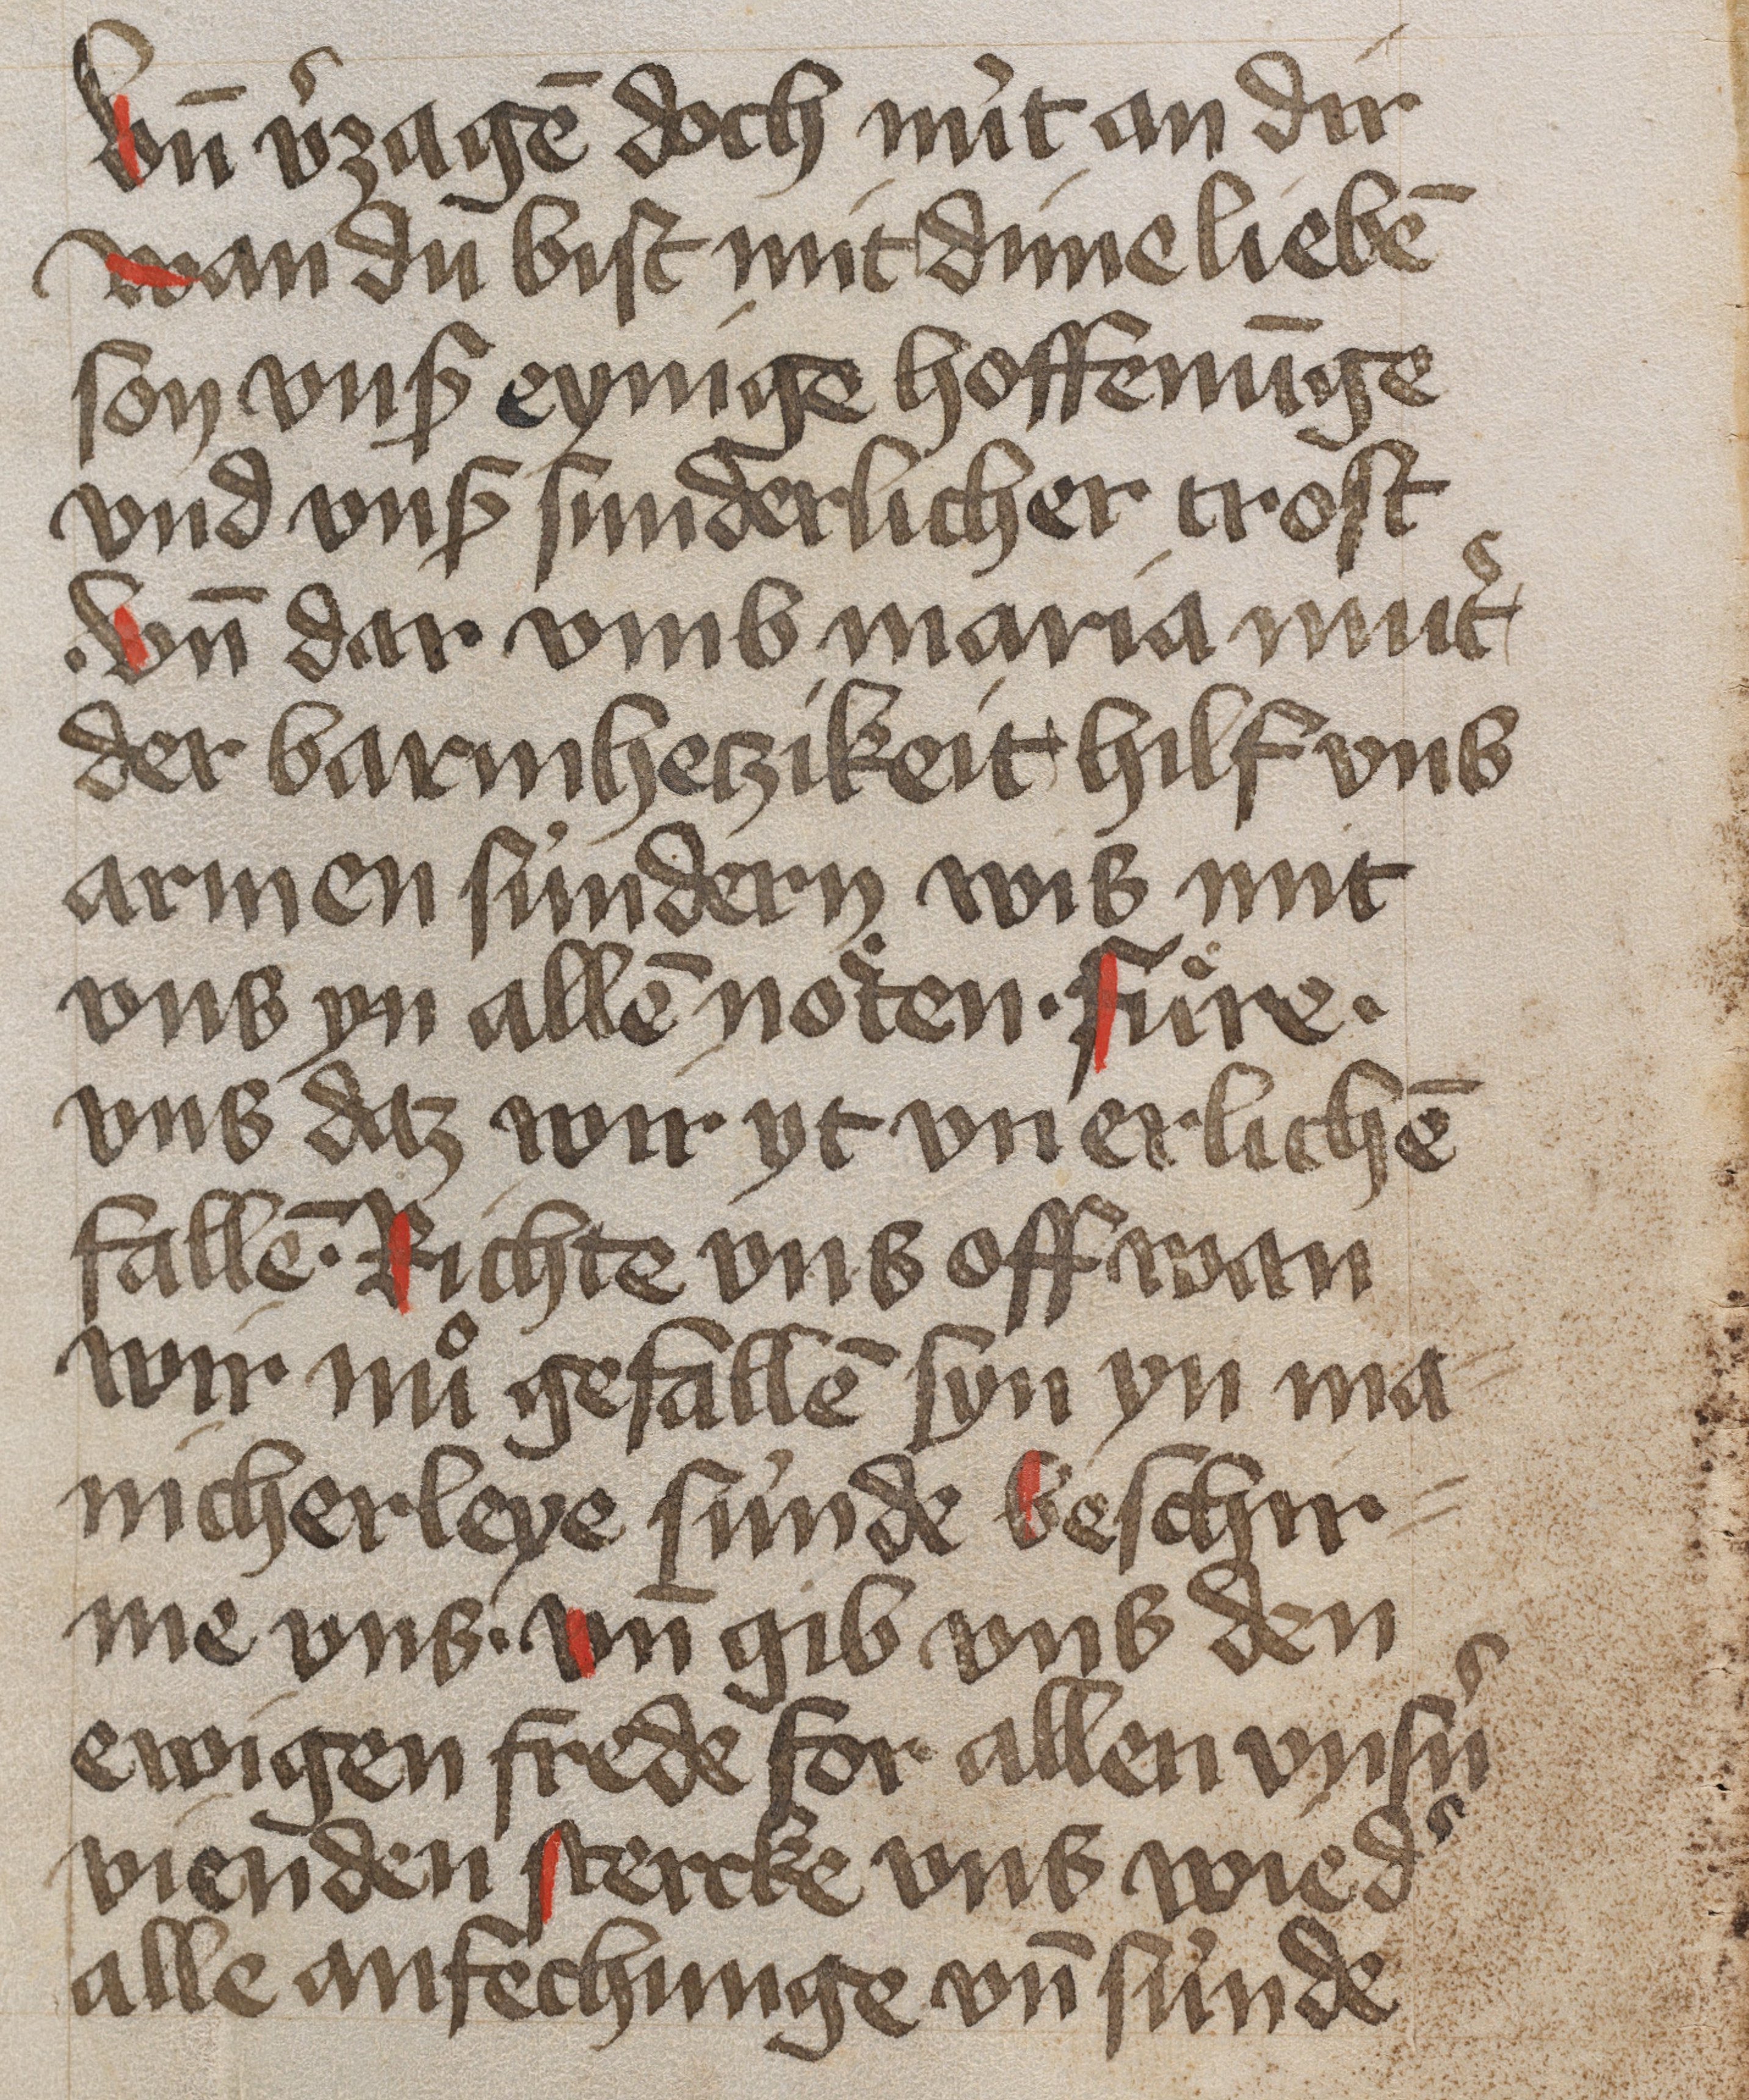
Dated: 1450–1499